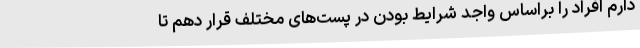
دارم افراد را براساس واجد شرایط بودن در پست‌های مختلف قرار دهم تا